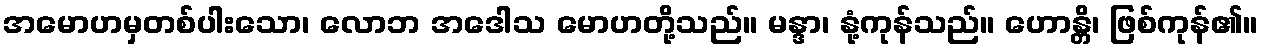
အမောဟမှတစ်ပါးသော၊ လောဘ အဒေါသ မောဟတို့သည်။ မန္ဒာ၊ နုံ့ကုန်သည်။ ဟောန္တိ၊ ဖြစ်ကုန်၏။